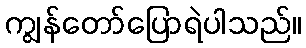
ကျွန်တော်ပြောရဲပါသည်။